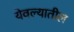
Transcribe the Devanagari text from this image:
येवल्यातील